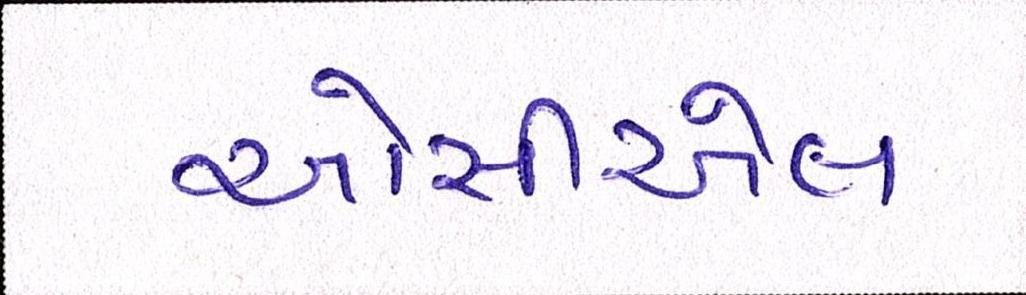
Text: ઓસીએલ